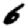
Digit: 6